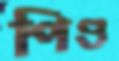
পিণ্ড